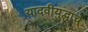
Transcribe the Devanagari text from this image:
यादवीयुद्धाचे